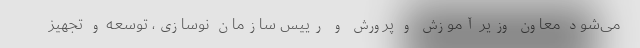
می‌شود معاون وزیر آموزش و پرورش و رییس سازمان نوسازی، توسعه و تجهیز